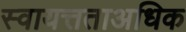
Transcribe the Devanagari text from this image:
स्वायत्तताअधिक